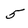
Character: 5